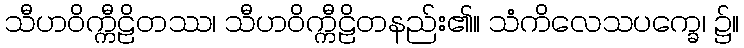
သီဟဝိက္ကီဠိတဿ၊ သီဟဝိက္ကီဠိတနည်း၏။ သံကိလေသပက္ခေ၊ ၌။